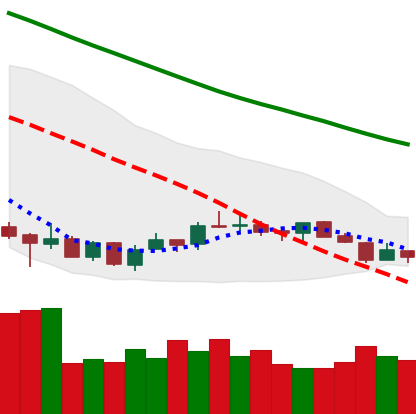
Ticker: LTC-USD
Chart end date: 2018-07-12
Forward return: 16.922%
Label: up_7plus